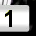
Digit: 1